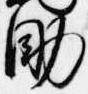
助